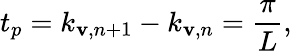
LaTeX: t_{p}=k_{\mathbf{v},n+1}-k_{\mathbf{v},n}=\frac{{\pi}}{{L}},